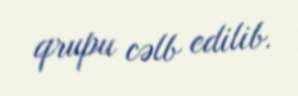
qrupu cəlb edilib.